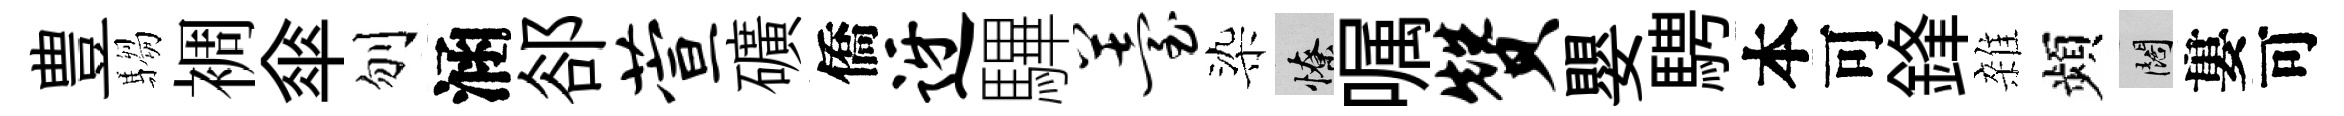
豊騶裯傘刎涵郤萱礦僑迓驆薹染憭嘱赞嬰騁本可鋒雜頻闊婁可